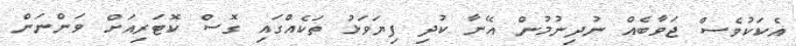
އެކަކުވެސް ޖަވާބެއް ނުދިނުމުން އޭނާ ކުދި ފިޔަވަޅު ތަކެއްގައި ގޮސް ކޮޓަރިއަށް ވަންނަން